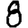
Digit: 8